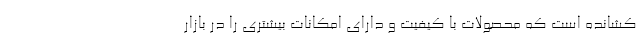
کشانده است که محصولات با کیفیت و دارای امکانات بیشتری را در بازار